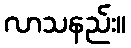
လာသနည်း။